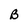
Character: B